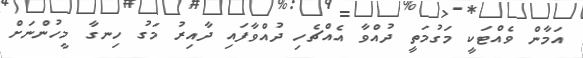
އަމާން ވެއްޓަކީ މަގުމަތީ ދުއްވާ އެއްޗެހި ދުއްވާފައި ދާއިރު މަގު ހިނގާ މީހުންނަށް